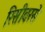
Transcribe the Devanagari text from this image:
रिसीवरसे